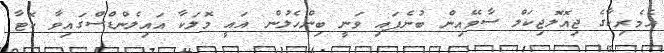
އެމެރިކާގެ ޖިއޮލޮޖިކަލް ސާވޭއިން ބުނެފައި ވަނީ ބިންހެލުން އައީ މޮލަކާ އައިލެންޑްސްގައިވާ ކޮޓާ